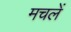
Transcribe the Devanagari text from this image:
मचलें